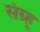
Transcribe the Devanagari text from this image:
संग्र्ह्